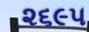
૨૬૯૫